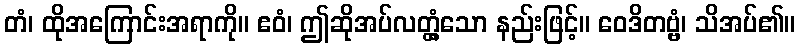
တံ၊ ထိုအကြောင်းအရာကို။ ဧဝံ၊ ဤဆိုအပ်လတ္တံ့သော နည်းဖြင့်။ ဝေဒိတဗ္ဗံ၊ သိအပ်၏။